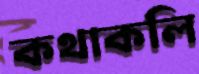
কথাকলি